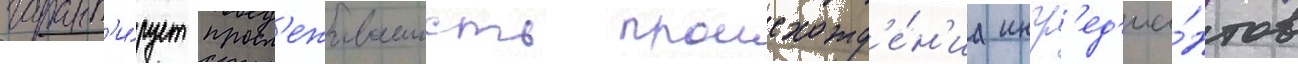
гарант'и́рует просл'еживаемость происхожд'е́н'иа ингр'ед'ие́нтов